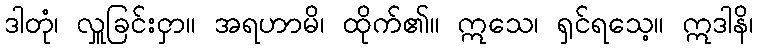
ဒါတုံ၊ လှူခြင်းငှာ။ အရဟာမိ၊ ထိုက်၏။ ဣသေ၊ ရှင်ရသေ့။ ဣဒါနိ၊